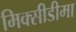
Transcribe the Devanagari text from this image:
मिक्सीडीमा